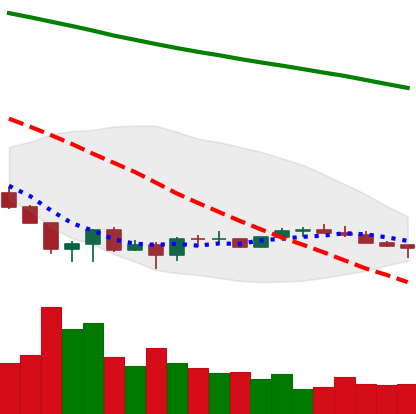
Ticker: EOS-USD
Chart end date: 2022-06-30
Forward return: 5.396%
Label: up_5_7